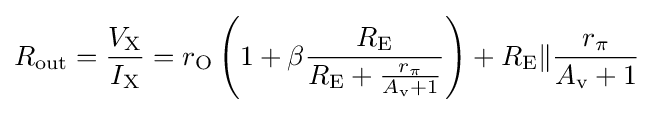
R_{\text{out}}={\frac {V_{\text{X}}}{I_{\text{X}}}}=r_{\text{O}}\left(1+\beta {\frac {R_{\text{E}}}{R_{\text{E}}+{\frac {r_{\pi }}{A_{\text{v}}+1}}}}\right)+R_{\text{E}}\|{\frac {r_{\pi }}{A_{\text{v}}+1}}